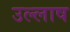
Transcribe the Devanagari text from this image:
उल्लाष